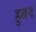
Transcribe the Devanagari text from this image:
हुतन